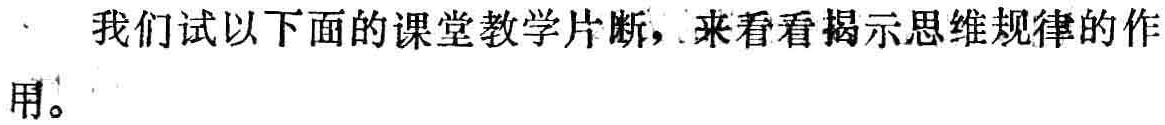
我们试以下面的课堂教学片断，来看看揭示思维规律的作用。